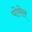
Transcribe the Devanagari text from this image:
पोमेल